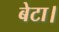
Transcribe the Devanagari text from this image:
बेटा।